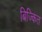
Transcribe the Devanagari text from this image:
बिज्कित